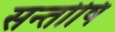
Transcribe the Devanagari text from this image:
सन्तोषि